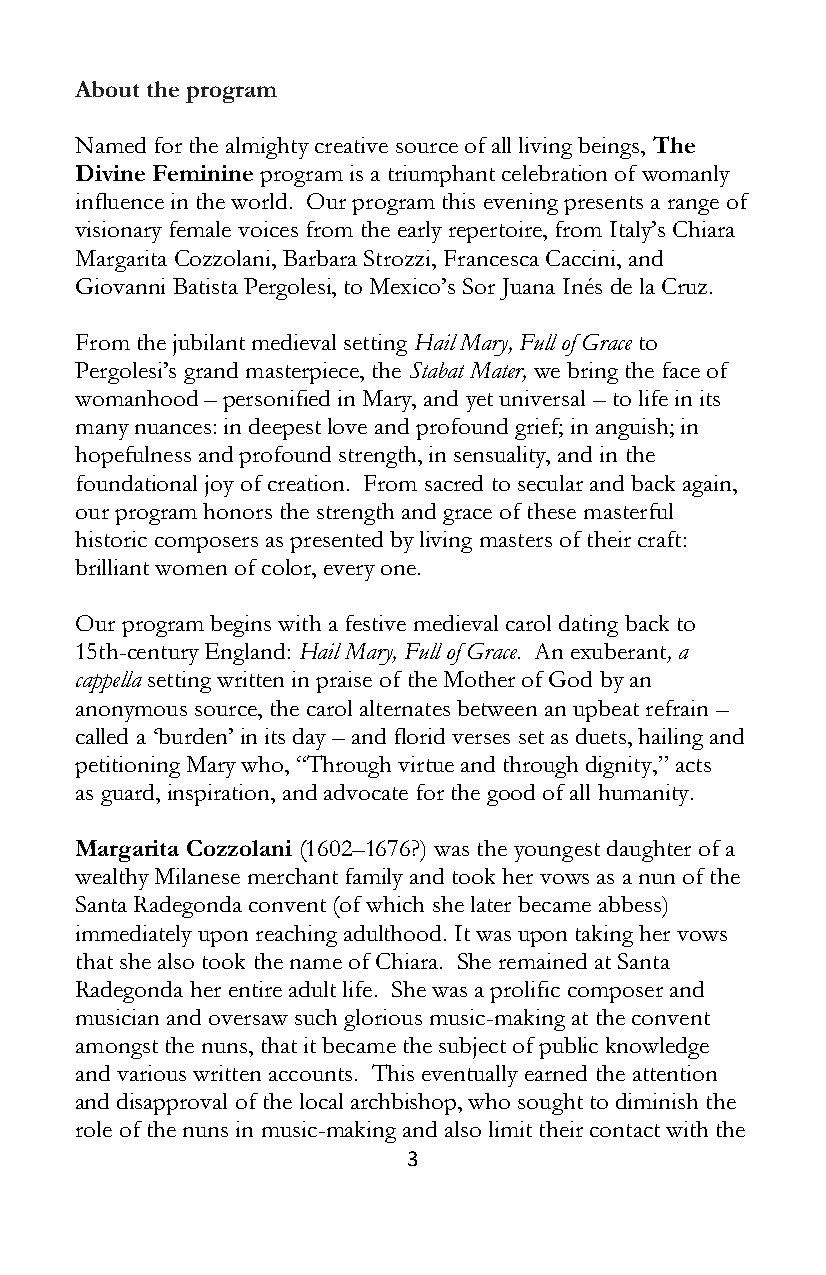
About the program
 Named for the almighty creative source of all living beings, The
 Divine Feminine program is a triumphant celebration of womanly
 influence in the world. Our program this evening presents a range of
 visionary female voices from the early repertoire, from Italy’s Chiara
 Margarita Cozzolani, Barbara Strozzi, Francesca Caccini, and
 Giovanni Batista Pergolesi, to Mexico’s Sor Juana Inés de la Cruz.
 From the jubilant medieval setting Hail Mary, Full of Grace to
 Pergolesi’s grand masterpiece, the Stabat Mater, we bring the face of
 womanhood – personified in Mary, and yet universal – to life in its
 many nuances: in deepest love and profound grief; in anguish; in
 hopefulness and profound strength, in sensuality, and in the
 foundational joy of creation. From sacred to secular and back again,
 our program honors the strength and grace of these masterful
 historic composers as presented by living masters of their craft:
 brilliant women of color, every one.
 Our program begins with a festive medieval carol dating back to
 15th-century England: Hail Mary, Full of Grace. An exuberant, a
 cappella setting written in praise of the Mother of God by an
 anonymous source, the carol alternates between an upbeat refrain –
 called a ‘burden’ in its day – and florid verses set as duets, hailing and
 petitioning Mary who, “Through virtue and through dignity,” acts
 as guard, inspiration, and advocate for the good of all humanity.
 Margarita Cozzolani (1602–1676?) was the youngest daughter of a
 wealthy Milanese merchant family and took her vows as a nun of the
 Santa Radegonda convent (of which she later became abbess)
 immediately upon reaching adulthood. It was upon taking her vows
 that she also took the name of Chiara. She remained at Santa
 Radegonda her entire adult life. She was a prolific composer and
 musician and oversaw such glorious music-making at the convent
 amongst the nuns, that it became the subject of public knowledge
 and various written accounts. This eventually earned the attention
 and disapproval of the local archbishop, who sought to diminish the
 role of the nuns in music-making and also limit their contact with the
 3